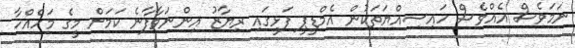
ނަމަވެސް އެއްވެސް ހައިސިއްޔަތަކުން އެމްޑީޕީ ފަޅީގައި ރިޔާޒު އިންނަވާފާނެ ކަމަށް މީގެ މަހެއްހާ